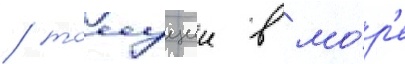
/ тонущии в мо́р'е